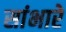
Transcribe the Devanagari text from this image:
सांभारे